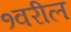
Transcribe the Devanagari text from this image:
१वरील